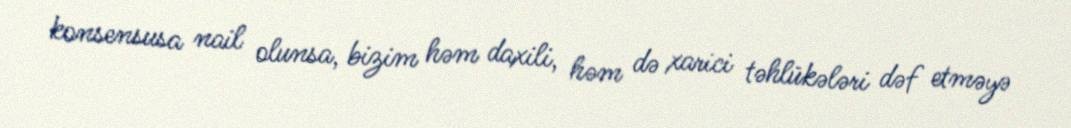
konsensusa nail olunsa, bizim həm daxili, həm də xarici təhlükələri dəf etməyə